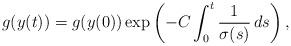
LaTeX: \begin{align*} g(y(t))=g(y(0))\exp\left(-C\int_0^t \frac{1}{\sigma(s)}\,ds\right),\end{align*}